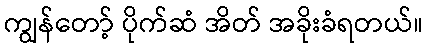
ကျွန်တော့် ပိုက်ဆံ အိတ် အခိုးခံရတယ်။